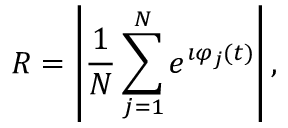
R = \left| \frac { 1 } { N } \sum _ { j = 1 } ^ { N } e ^ { \imath \varphi _ { j } ( t ) } \right| ,